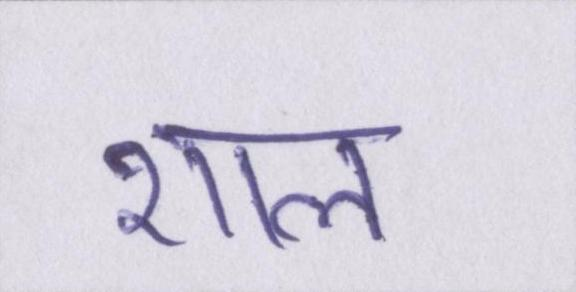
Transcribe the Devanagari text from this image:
शाल